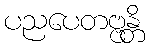
ပညပေတဗ္ဗန္တိ